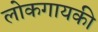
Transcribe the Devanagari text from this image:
लोकगायकी